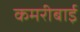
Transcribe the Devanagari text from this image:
कमरीबाई